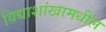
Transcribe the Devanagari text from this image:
विद्याशांखामधील